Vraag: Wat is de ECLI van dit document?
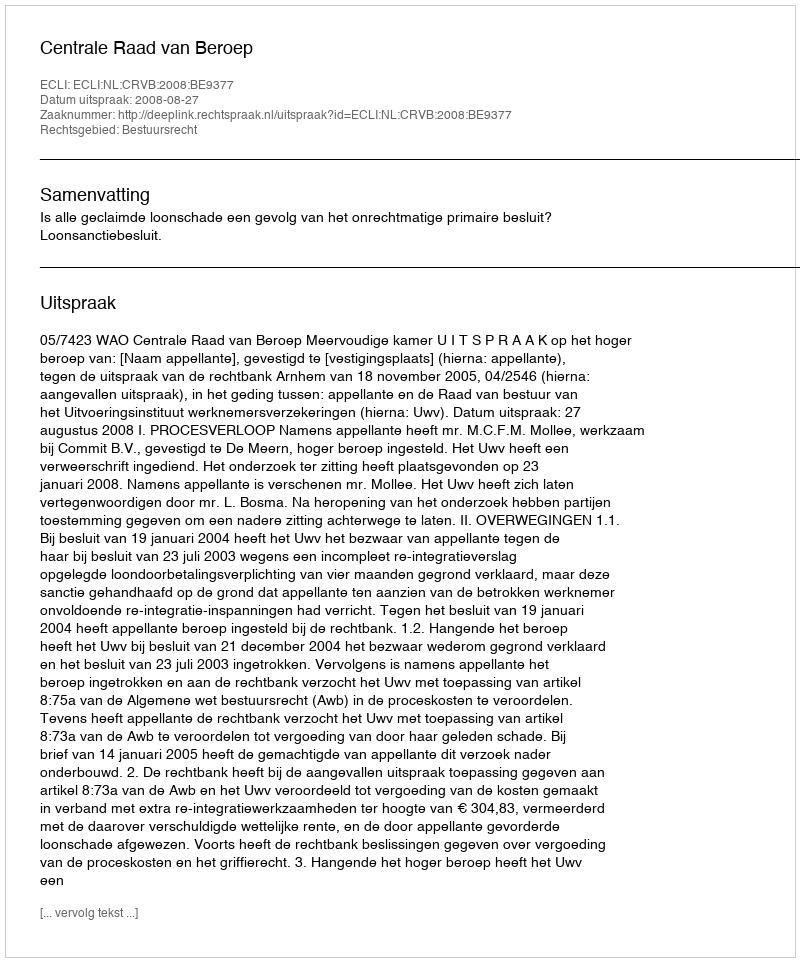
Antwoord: ECLI:NL:CRVB:2008:BE9377